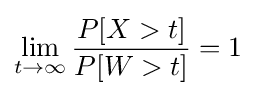
\lim _{t\to \infty }{\frac {P[X>t]}{P[W>t]}}=1